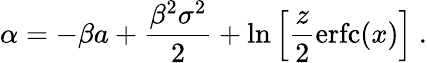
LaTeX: \alpha=-\beta a+\frac{\beta^{2}\sigma^{2}}{2}+\ln\left[\frac{z}{2}\mathrm{erfc}(x)\right]\ .